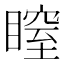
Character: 𥉺